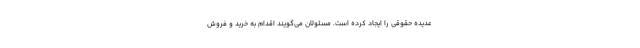
عدیده حقوقی را ایجاد کرده است. مسئولان می‌گویند اقدام به خرید و فروش